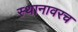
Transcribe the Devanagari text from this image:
स्थानावरच